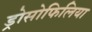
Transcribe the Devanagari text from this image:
ड्रोसोफिलिया